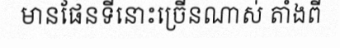
មានផែនទីនោះច្រើនណាស់ តាំងពី